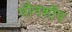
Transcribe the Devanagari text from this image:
पौनशॉप